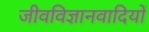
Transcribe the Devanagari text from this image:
जीवविज्ञानवादियों